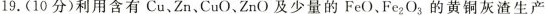
19.(10分)利用含有Cu、Zn、CuO、ZnO及少量的FeO、Fe_{2}O_{3}的黄铜灰渣生产